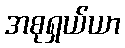
အစုရှယ်ယာ